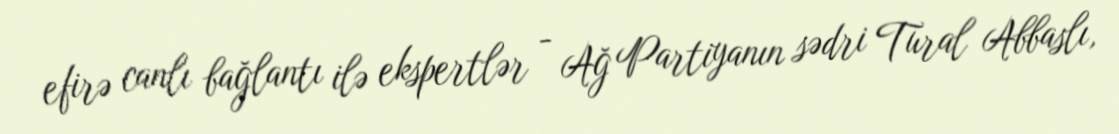
efirə canlı bağlantı ilə ekspertlər - Ağ Partiyanın sədri Tural Abbaslı,